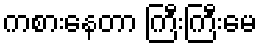
ကစားနေတာ ကြီးကြီးမေ